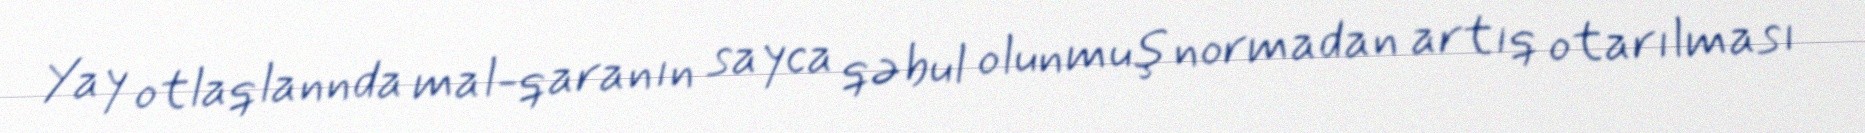
Yay otlaqlannda mal-qaranın sayca qəbul olunmuş normadan artıq otarılması